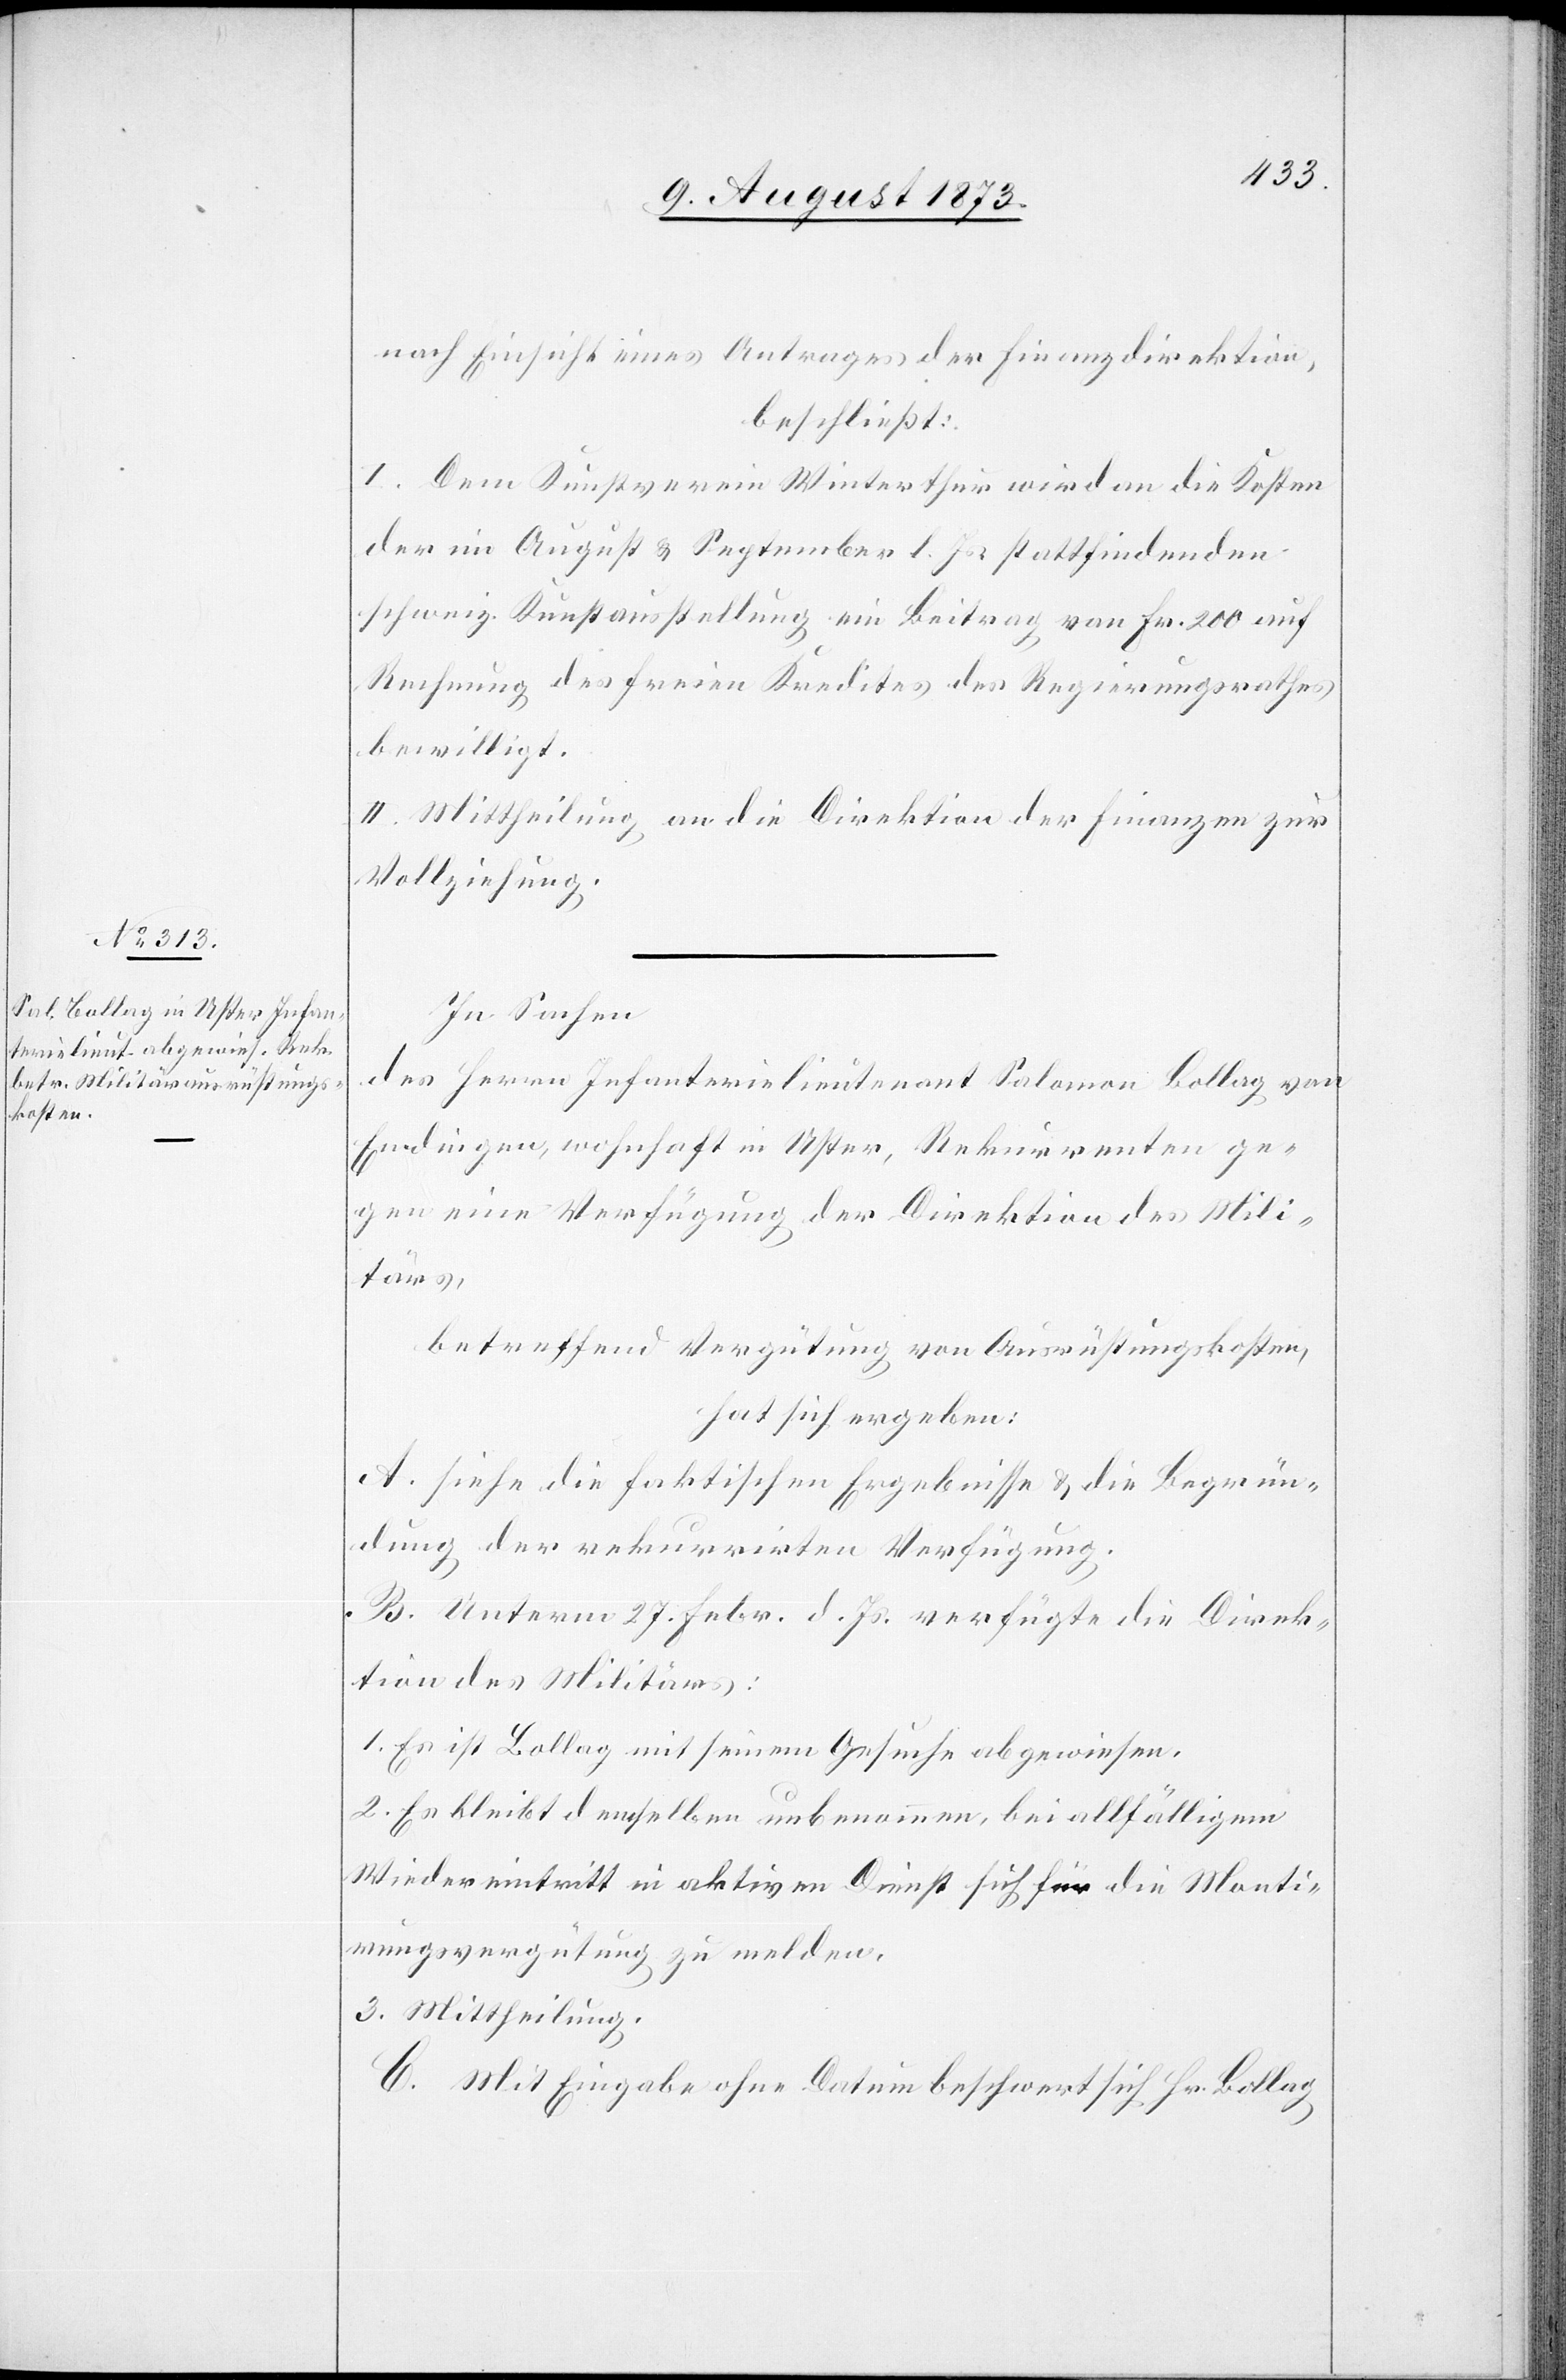
nach Einsicht eines Antrages der Finanzdirektion,
beschließt:
I. Dem Kunstverein Winterthur wird an die Kosten
der im August & September l. Js. stattfindenden
schweiz. Kunstausstellung ein Beitrag von Fr. 200 auf
Rechnung des freien Kredites des Regierungsrathes
bewilligt.
II. Mittheilung an die Direktion der Finanzen zur
Vollziehung.
In Sachen
des Herrn Infanterielieutenant Salomon Bollag von
Endingen, wohnhaft in Uster, Rekurrenten ge¬
gen eine Verfügung der Direktion des Mili¬
tärs,
betreffend Vergütung von Ausrüstungskosten,
hat sich ergeben:
A. siehe die faktischen Ergebnisse & die Begrün¬
dung der rekurrirten Verfügung.
B. Unterm 27. Febr. d. Js. verfügte die Direk¬
tion des Militärs:
1. Es ist Bollag mit seinem Gesuche abgewiesen.
2. Es bleibt demselben unbenommen, bei allfälligem
Wiedereintritt in aktiven Dienst sich für die Monti¬
rungsvergütung zu melden.
3. Mittheilung.
C. Mit Eingabe ohne Datum beschwert sich Hr. Bollag